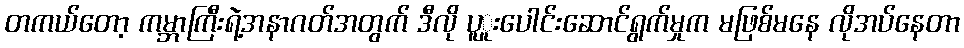
တကယ်တော့ ကမ္ဘာကြီးရဲ့အနာဂတ်အတွက် ဒီလို ပူူးပေါင်းဆောင်ရွက်မှုက မဖြစ်မနေ လိုအပ်နေတာ